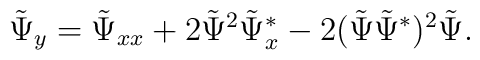
\tilde  \Psi_{y}= \tilde  \Psi_{xx}+ 2 \tilde  \Psi^2\tilde  \Psi^*_x -2(\tilde  \Psi\tilde  \Psi^*)^2 \tilde  \Psi.